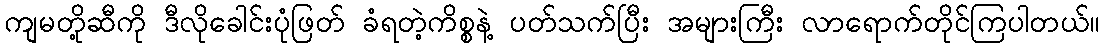
ကျမတို့ဆီကို ဒီလိုခေါင်းပုံဖြတ် ခံရတဲ့ကိစ္စနဲ့ ပတ်သက်ပြီး အများကြီး လာရောက်တိုင်ကြပါတယ်။